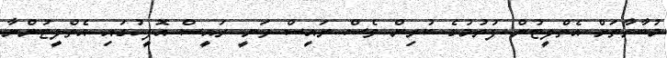
މުބާރާތަށް އެތްލީޓުން ފުރުމުގެ ކުރިން ވެސް ރައީސް ވަނީ ރައީސް އޮފީހުގައި އެތްލީޓުންނާ